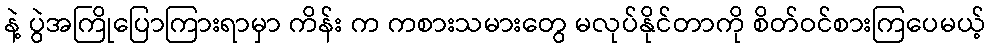
နဲ့ ပွဲအကြိုပြောကြားရာမှာ ကိန်း က ကစားသမားတွေ မလုပ်နိုင်တာကို စိတ်ဝင်စားကြပေမယ့်